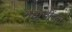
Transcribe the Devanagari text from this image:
मह्मूदींच्या